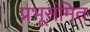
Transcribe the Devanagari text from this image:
प्रभूसंमित